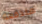
مندفعة